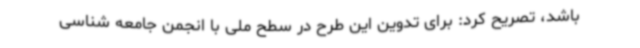
باشد، تصریح کرد: برای تدوین این طرح در سطح ملی با انجمن جامعه شناسی